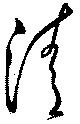
清